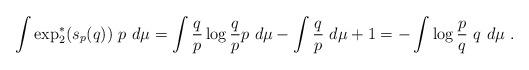
LaTeX: \begin{align*}\int \exp_2^*(s_p(q)) \ p \ d\mu = \int \frac q p \log \frac q p p \ d\mu - \int \frac q p \ d\mu + 1 = - \int \log \frac p q \ q \ d\mu \ .\end{align*}